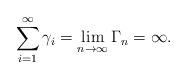
LaTeX: \begin{align*}\sum_{i=1}^{\infty }\gamma _{i}=\lim_{n\rightarrow \infty }\Gamma_{n}=\infty .\end{align*}